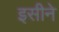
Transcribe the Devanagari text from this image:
इसीने